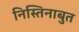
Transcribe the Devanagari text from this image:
निस्तिनाबुत